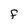
Character: F